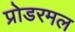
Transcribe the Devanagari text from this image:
प्रोडरमल